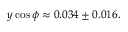
y \cos \phi \approx 0 . 0 3 4 \pm 0 . 0 1 6 .